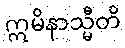
ဣမိနာသ္မီတိ